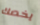
يخصك